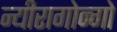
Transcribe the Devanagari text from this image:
न्यीरागोन्गो